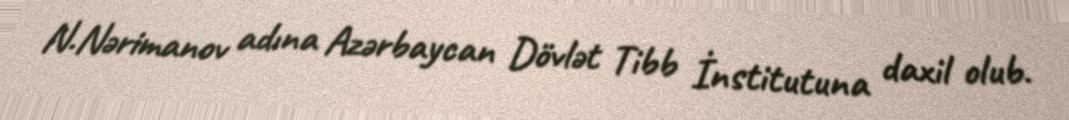
N.Nərimanov adına Azərbaycan Dövlət Tibb İnstitutuna daxil olub.